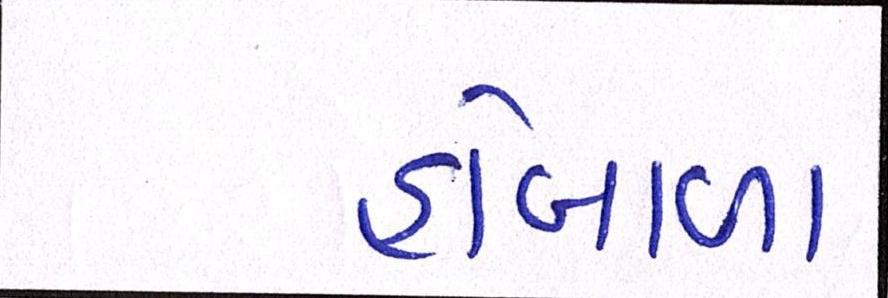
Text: હોબાળા